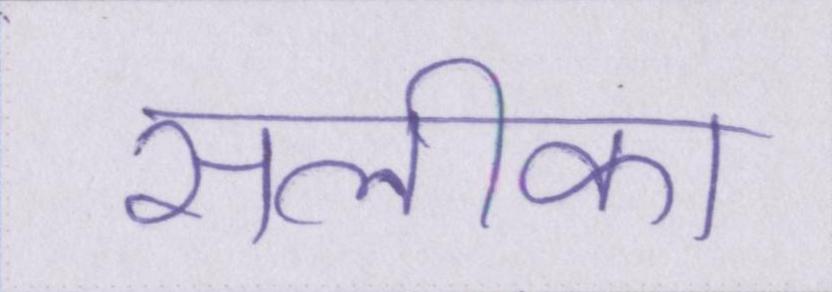
सलीका